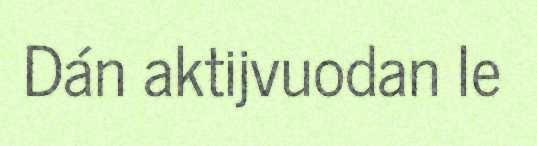
Dán aktijvuodan le